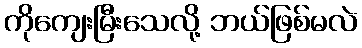
ကိုကျေးမြီးသေလို့ ဘယ်ဖြစ်မလဲ